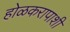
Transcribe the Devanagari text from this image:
होळकरापाशी